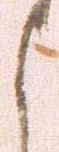
よ